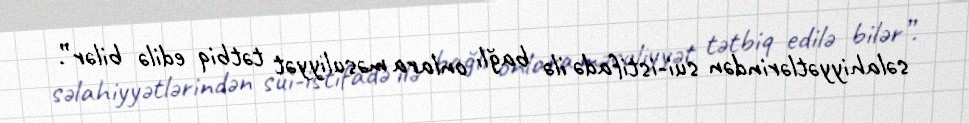
səlahiyyətlərindən sui-istifadə ilə bağlı onlara məsuliyyət tətbiq edilə bilər”.